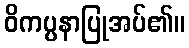
ဝိကပ္ပနာပြုအပ်၏။